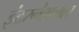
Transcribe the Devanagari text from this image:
इंटरनैशलल